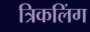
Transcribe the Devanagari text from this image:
त्रिकलिंग